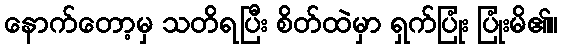
နောက်တော့မှ သတိရပြီး စိတ်ထဲမှာ ရှက်ပြုံး ပြုံးမိ၏။